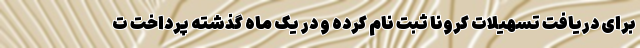
برای دریافت تسهیلات کرونا ثبت نام کرده و در یک ماه گذشته پرداخت ت